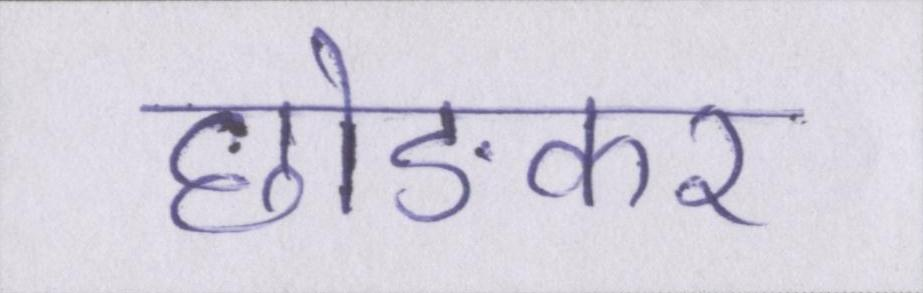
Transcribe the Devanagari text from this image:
छोङकर